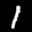
Label: 1